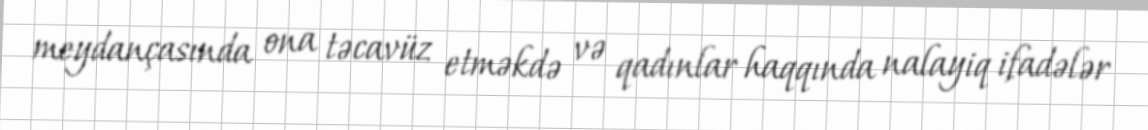
meydançasında ona təcavüz etməkdə və qadınlar haqqında nalayiq ifadələr